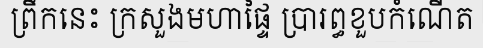
ព្រឹកនេះ ក្រសួងមហាផ្ទៃ ប្រារព្ធខួបកំណើត